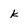
Character: k